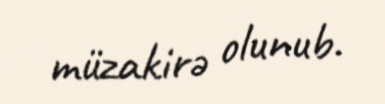
müzakirə olunub.